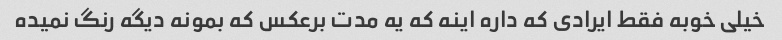
خیلی خوبه فقط ایرادی که داره اینه که یه مدت برعکس که بمونه دیگه رنگ نمیده